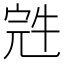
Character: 𰍁